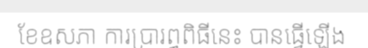
ខែឧសភា ការប្រារព្ធពិធីនេះ បានធ្វើឡើង